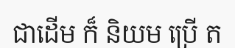
ជាដើម ក៏ និយម ប្រើ ត